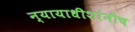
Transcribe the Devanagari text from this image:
न्यायाधीशांनीच